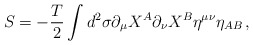
\begin{align*}S=-\frac{T}{2}\int d^2\sigma\partial_\mu X^A\partial_\nu X^B\eta^{\mu\nu}\eta_{AB}\, ,\end{align*}